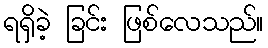
ရရှိခဲ့ ခြင်း ဖြစ်လေသည်။